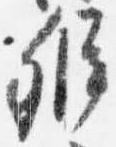
弁